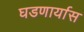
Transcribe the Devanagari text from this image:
घडणार्यास